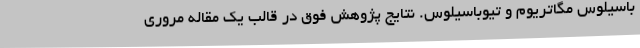
باسیلوس مگاتریوم و تیوباسیلوس. نتایج پژوهش فوق در قالب یک مقاله مروری